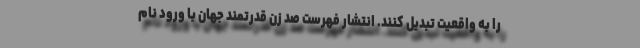
را به واقعیت تبدیل کنند. انتشار فهرست صد زن قدرتمند جهان با ورود نام